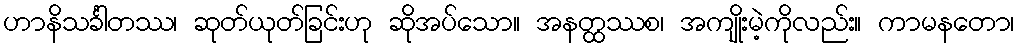
ဟာနိသင်္ခါတဿ၊ ဆုတ်ယုတ်ခြင်းဟု ဆိုအပ်သော။ အနတ္ထဿစ၊ အကျိုးမဲ့ကိုလည်း။ ကာမနတော၊